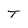
Character: T